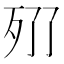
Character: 𣧓